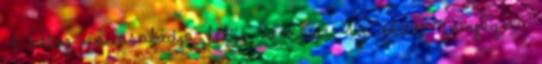
A beteg és családja lelki reakciói az életet fenyegető